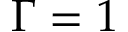
\Gamma = 1